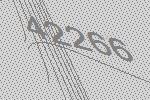
42266